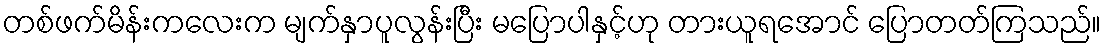
တစ်ဖက်မိန်းကလေးက မျက်နှာပူလွန်းပြီး မပြောပါနှင့်ဟု တားယူရအောင် ပြောတတ်ကြသည်။